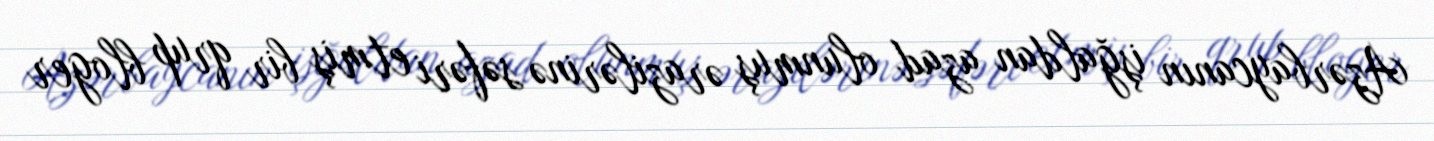
Azərbaycanın işğaldan azad olunmuş ərazilərinə səfəri etmiş bir qrup bloger